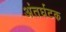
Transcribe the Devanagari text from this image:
अंतर्घटक